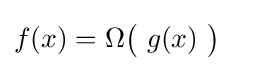
f(x)=\Omega {\bigl (}\ g(x)\ {\bigr )}\quad